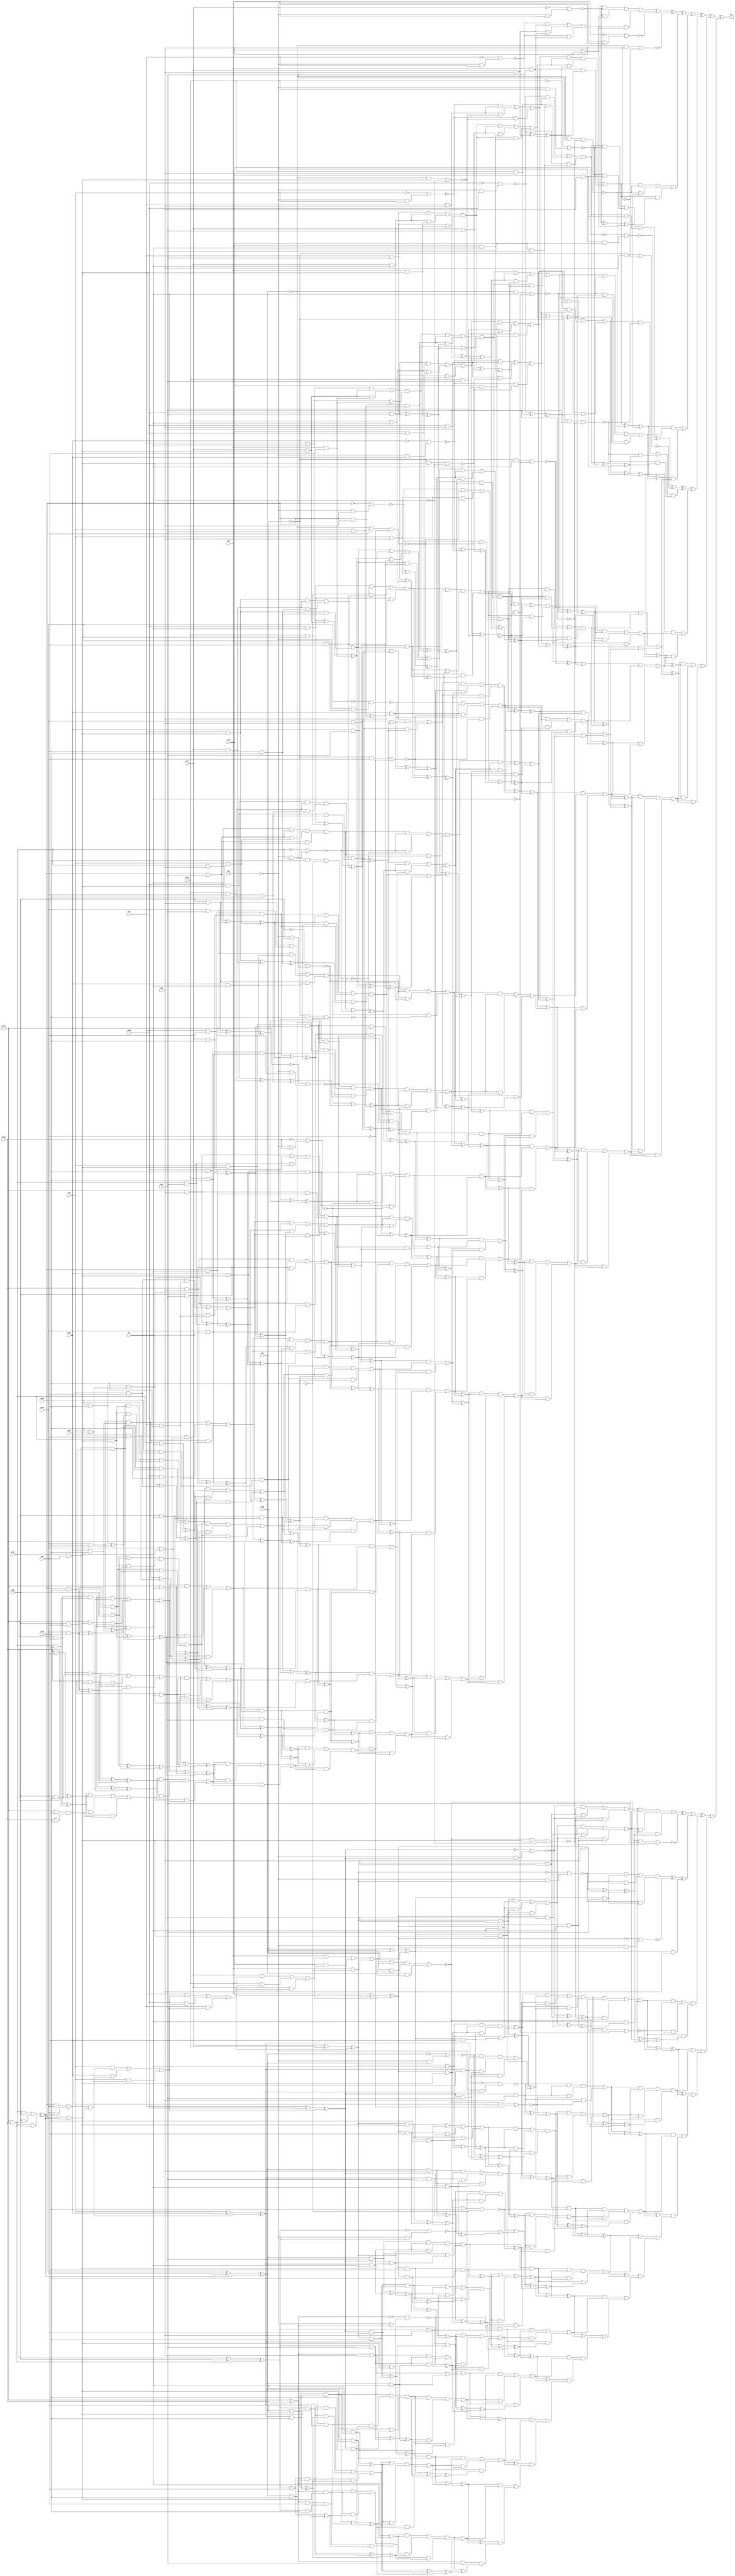
module top (out,n12,n15,n17,n18,n21,n22,n36,n46,n52
        ,n61,n96,n100,n148,n178,n231,n340,n343,n346,n360
        ,n369,n418,n493,n545);
output out;
input n12;
input n15;
input n17;
input n18;
input n21;
input n22;
input n36;
input n46;
input n52;
input n61;
input n96;
input n100;
input n148;
input n178;
input n231;
input n340;
input n343;
input n346;
input n360;
input n369;
input n418;
input n493;
input n545;
wire n0;
wire n1;
wire n2;
wire n3;
wire n4;
wire n5;
wire n6;
wire n7;
wire n8;
wire n9;
wire n10;
wire n11;
wire n13;
wire n14;
wire n16;
wire n19;
wire n20;
wire n23;
wire n24;
wire n25;
wire n26;
wire n27;
wire n28;
wire n29;
wire n30;
wire n31;
wire n32;
wire n33;
wire n34;
wire n35;
wire n37;
wire n38;
wire n39;
wire n40;
wire n41;
wire n42;
wire n43;
wire n44;
wire n45;
wire n47;
wire n48;
wire n49;
wire n50;
wire n51;
wire n53;
wire n54;
wire n55;
wire n56;
wire n57;
wire n58;
wire n59;
wire n60;
wire n62;
wire n63;
wire n64;
wire n65;
wire n66;
wire n67;
wire n68;
wire n69;
wire n70;
wire n71;
wire n72;
wire n73;
wire n74;
wire n75;
wire n76;
wire n77;
wire n78;
wire n79;
wire n80;
wire n81;
wire n82;
wire n83;
wire n84;
wire n85;
wire n86;
wire n87;
wire n88;
wire n89;
wire n90;
wire n91;
wire n92;
wire n93;
wire n94;
wire n95;
wire n97;
wire n98;
wire n99;
wire n101;
wire n102;
wire n103;
wire n104;
wire n105;
wire n106;
wire n107;
wire n108;
wire n109;
wire n110;
wire n111;
wire n112;
wire n113;
wire n114;
wire n115;
wire n116;
wire n117;
wire n118;
wire n119;
wire n120;
wire n121;
wire n122;
wire n123;
wire n124;
wire n125;
wire n126;
wire n127;
wire n128;
wire n129;
wire n130;
wire n131;
wire n132;
wire n133;
wire n134;
wire n135;
wire n136;
wire n137;
wire n138;
wire n139;
wire n140;
wire n141;
wire n142;
wire n143;
wire n144;
wire n145;
wire n146;
wire n147;
wire n149;
wire n150;
wire n151;
wire n152;
wire n153;
wire n154;
wire n155;
wire n156;
wire n157;
wire n158;
wire n159;
wire n160;
wire n161;
wire n162;
wire n163;
wire n164;
wire n165;
wire n166;
wire n167;
wire n168;
wire n169;
wire n170;
wire n171;
wire n172;
wire n173;
wire n174;
wire n175;
wire n176;
wire n177;
wire n179;
wire n180;
wire n181;
wire n182;
wire n183;
wire n184;
wire n185;
wire n186;
wire n187;
wire n188;
wire n189;
wire n190;
wire n191;
wire n192;
wire n193;
wire n194;
wire n195;
wire n196;
wire n197;
wire n198;
wire n199;
wire n200;
wire n201;
wire n202;
wire n203;
wire n204;
wire n205;
wire n206;
wire n207;
wire n208;
wire n209;
wire n210;
wire n211;
wire n212;
wire n213;
wire n214;
wire n215;
wire n216;
wire n217;
wire n218;
wire n219;
wire n220;
wire n221;
wire n222;
wire n223;
wire n224;
wire n225;
wire n226;
wire n227;
wire n228;
wire n229;
wire n230;
wire n232;
wire n233;
wire n234;
wire n235;
wire n236;
wire n237;
wire n238;
wire n239;
wire n240;
wire n241;
wire n242;
wire n243;
wire n244;
wire n245;
wire n246;
wire n247;
wire n248;
wire n249;
wire n250;
wire n251;
wire n252;
wire n253;
wire n254;
wire n255;
wire n256;
wire n257;
wire n258;
wire n259;
wire n260;
wire n261;
wire n262;
wire n263;
wire n264;
wire n265;
wire n266;
wire n267;
wire n268;
wire n269;
wire n270;
wire n271;
wire n272;
wire n273;
wire n274;
wire n275;
wire n276;
wire n277;
wire n278;
wire n279;
wire n280;
wire n281;
wire n282;
wire n283;
wire n284;
wire n285;
wire n286;
wire n287;
wire n288;
wire n289;
wire n290;
wire n291;
wire n292;
wire n293;
wire n294;
wire n295;
wire n296;
wire n297;
wire n298;
wire n299;
wire n300;
wire n301;
wire n302;
wire n303;
wire n304;
wire n305;
wire n306;
wire n307;
wire n308;
wire n309;
wire n310;
wire n311;
wire n312;
wire n313;
wire n314;
wire n315;
wire n316;
wire n317;
wire n318;
wire n319;
wire n320;
wire n321;
wire n322;
wire n323;
wire n324;
wire n325;
wire n326;
wire n327;
wire n328;
wire n329;
wire n330;
wire n331;
wire n332;
wire n333;
wire n334;
wire n335;
wire n336;
wire n337;
wire n338;
wire n339;
wire n341;
wire n342;
wire n344;
wire n345;
wire n347;
wire n348;
wire n349;
wire n350;
wire n351;
wire n352;
wire n353;
wire n354;
wire n355;
wire n356;
wire n357;
wire n358;
wire n359;
wire n361;
wire n362;
wire n363;
wire n364;
wire n365;
wire n366;
wire n367;
wire n368;
wire n370;
wire n371;
wire n372;
wire n373;
wire n374;
wire n375;
wire n376;
wire n377;
wire n378;
wire n379;
wire n380;
wire n381;
wire n382;
wire n383;
wire n384;
wire n385;
wire n386;
wire n387;
wire n388;
wire n389;
wire n390;
wire n391;
wire n392;
wire n393;
wire n394;
wire n395;
wire n396;
wire n397;
wire n398;
wire n399;
wire n400;
wire n401;
wire n402;
wire n403;
wire n404;
wire n405;
wire n406;
wire n407;
wire n408;
wire n409;
wire n410;
wire n411;
wire n412;
wire n413;
wire n414;
wire n415;
wire n416;
wire n417;
wire n419;
wire n420;
wire n421;
wire n422;
wire n423;
wire n424;
wire n425;
wire n426;
wire n427;
wire n428;
wire n429;
wire n430;
wire n431;
wire n432;
wire n433;
wire n434;
wire n435;
wire n436;
wire n437;
wire n438;
wire n439;
wire n440;
wire n441;
wire n442;
wire n443;
wire n444;
wire n445;
wire n446;
wire n447;
wire n448;
wire n449;
wire n450;
wire n451;
wire n452;
wire n453;
wire n454;
wire n455;
wire n456;
wire n457;
wire n458;
wire n459;
wire n460;
wire n461;
wire n462;
wire n463;
wire n464;
wire n465;
wire n466;
wire n467;
wire n468;
wire n469;
wire n470;
wire n471;
wire n472;
wire n473;
wire n474;
wire n475;
wire n476;
wire n477;
wire n478;
wire n479;
wire n480;
wire n481;
wire n482;
wire n483;
wire n484;
wire n485;
wire n486;
wire n487;
wire n488;
wire n489;
wire n490;
wire n491;
wire n492;
wire n494;
wire n495;
wire n496;
wire n497;
wire n498;
wire n499;
wire n500;
wire n501;
wire n502;
wire n503;
wire n504;
wire n505;
wire n506;
wire n507;
wire n508;
wire n509;
wire n510;
wire n511;
wire n512;
wire n513;
wire n514;
wire n515;
wire n516;
wire n517;
wire n518;
wire n519;
wire n520;
wire n521;
wire n522;
wire n523;
wire n524;
wire n525;
wire n526;
wire n527;
wire n528;
wire n529;
wire n530;
wire n531;
wire n532;
wire n533;
wire n534;
wire n535;
wire n536;
wire n537;
wire n538;
wire n539;
wire n540;
wire n541;
wire n542;
wire n543;
wire n544;
wire n546;
wire n547;
wire n548;
wire n549;
wire n550;
wire n551;
wire n552;
wire n553;
wire n554;
wire n555;
wire n556;
wire n557;
wire n558;
wire n559;
wire n560;
wire n561;
wire n562;
wire n563;
wire n564;
wire n565;
wire n566;
wire n567;
wire n568;
wire n569;
wire n570;
wire n571;
wire n572;
wire n573;
wire n574;
wire n575;
wire n576;
wire n577;
wire n578;
wire n579;
wire n580;
wire n581;
wire n582;
wire n583;
wire n584;
wire n585;
wire n586;
wire n587;
wire n588;
wire n589;
wire n590;
wire n591;
wire n592;
wire n593;
wire n594;
wire n595;
wire n596;
wire n597;
wire n598;
wire n599;
wire n600;
wire n601;
wire n602;
wire n603;
wire n604;
wire n605;
wire n606;
wire n607;
wire n608;
wire n609;
wire n610;
wire n611;
wire n612;
wire n613;
wire n614;
wire n615;
wire n616;
wire n617;
wire n618;
wire n619;
wire n620;
wire n621;
wire n622;
wire n623;
wire n624;
wire n625;
wire n626;
wire n627;
wire n628;
wire n629;
wire n630;
wire n631;
wire n632;
wire n633;
wire n634;
wire n635;
wire n636;
wire n637;
wire n638;
wire n639;
wire n640;
wire n641;
wire n642;
wire n643;
wire n644;
wire n645;
wire n646;
wire n647;
wire n648;
wire n649;
wire n650;
wire n651;
wire n652;
wire n653;
wire n654;
wire n655;
wire n656;
wire n657;
wire n658;
wire n659;
wire n660;
wire n661;
wire n662;
wire n663;
wire n664;
wire n665;
wire n666;
wire n667;
wire n668;
wire n669;
wire n670;
wire n671;
wire n672;
wire n673;
wire n674;
wire n675;
wire n676;
wire n677;
wire n678;
wire n679;
wire n680;
wire n681;
wire n682;
wire n683;
wire n684;
wire n685;
wire n686;
wire n687;
wire n688;
wire n689;
wire n690;
wire n691;
wire n692;
wire n693;
wire n694;
wire n695;
wire n696;
wire n697;
wire n698;
wire n699;
wire n700;
wire n701;
wire n702;
wire n703;
wire n704;
wire n705;
wire n706;
wire n707;
wire n708;
wire n709;
wire n710;
wire n711;
wire n712;
wire n713;
wire n714;
wire n715;
wire n716;
wire n717;
wire n718;
wire n719;
wire n720;
wire n721;
wire n722;
wire n723;
wire n724;
wire n725;
wire n726;
wire n727;
wire n728;
wire n729;
wire n730;
wire n731;
wire n732;
wire n733;
wire n734;
wire n735;
wire n736;
wire n737;
wire n738;
wire n739;
wire n740;
wire n741;
wire n742;
wire n743;
wire n744;
wire n745;
wire n746;
wire n747;
wire n748;
wire n749;
wire n750;
wire n751;
wire n752;
wire n753;
wire n754;
wire n755;
wire n756;
wire n757;
wire n758;
wire n759;
wire n760;
wire n761;
wire n762;
wire n763;
wire n764;
wire n765;
wire n766;
wire n767;
wire n768;
wire n769;
wire n770;
wire n771;
wire n772;
wire n773;
wire n774;
wire n775;
wire n776;
wire n777;
wire n778;
wire n779;
wire n780;
wire n781;
wire n782;
wire n783;
wire n784;
wire n785;
wire n786;
wire n787;
wire n788;
wire n789;
wire n790;
wire n791;
wire n792;
wire n793;
wire n794;
wire n795;
wire n796;
wire n797;
wire n798;
wire n799;
wire n800;
wire n801;
wire n802;
wire n803;
wire n804;
wire n805;
wire n806;
wire n807;
wire n808;
wire n809;
wire n810;
wire n811;
wire n812;
wire n813;
wire n814;
wire n815;
wire n816;
wire n817;
wire n818;
wire n819;
wire n820;
wire n821;
wire n822;
wire n823;
wire n824;
wire n825;
wire n826;
wire n827;
wire n828;
wire n829;
wire n830;
wire n831;
wire n832;
wire n833;
wire n834;
wire n835;
wire n836;
wire n837;
wire n838;
wire n839;
wire n840;
wire n841;
wire n842;
wire n843;
wire n844;
wire n845;
wire n846;
wire n847;
wire n848;
wire n849;
wire n850;
wire n851;
wire n852;
wire n853;
wire n854;
wire n855;
wire n856;
wire n857;
wire n858;
wire n859;
wire n860;
wire n861;
wire n862;
wire n863;
wire n864;
wire n865;
wire n866;
wire n867;
wire n868;
wire n869;
wire n870;
wire n871;
wire n872;
wire n873;
wire n874;
wire n875;
wire n876;
wire n877;
wire n878;
wire n879;
wire n880;
wire n881;
wire n882;
wire n883;
wire n884;
wire n885;
wire n886;
wire n887;
wire n888;
wire n889;
wire n890;
wire n891;
wire n892;
wire n893;
wire n894;
wire n895;
wire n896;
wire n897;
wire n898;
wire n899;
wire n900;
wire n901;
wire n902;
wire n903;
wire n904;
wire n905;
wire n906;
wire n907;
wire n908;
wire n909;
wire n910;
wire n911;
wire n912;
wire n913;
wire n914;
wire n915;
wire n916;
wire n917;
wire n918;
wire n919;
wire n920;
wire n921;
wire n922;
wire n923;
wire n924;
wire n925;
wire n926;
wire n927;
wire n928;
wire n929;
wire n930;
wire n931;
wire n932;
wire n933;
wire n934;
wire n935;
wire n936;
wire n937;
wire n938;
wire n939;
wire n940;
wire n941;
wire n942;
wire n943;
wire n944;
wire n945;
wire n946;
wire n947;
wire n948;
wire n949;
wire n950;
wire n951;
wire n952;
wire n953;
wire n954;
wire n955;
wire n956;
wire n957;
wire n958;
wire n959;
wire n960;
wire n961;
wire n962;
wire n963;
wire n964;
wire n965;
wire n966;
wire n967;
wire n968;
wire n969;
wire n970;
wire n971;
wire n972;
wire n973;
wire n974;
wire n975;
wire n976;
wire n977;
wire n978;
wire n979;
wire n980;
wire n981;
wire n982;
wire n983;
wire n984;
wire n985;
wire n986;
wire n987;
wire n988;
wire n989;
wire n990;
wire n991;
wire n992;
wire n993;
wire n994;
wire n995;
wire n996;
wire n997;
wire n998;
wire n999;
wire n1000;
wire n1001;
wire n1002;
wire n1003;
wire n1004;
wire n1005;
wire n1006;
wire n1007;
wire n1008;
wire n1009;
wire n1010;
wire n1011;
wire n1012;
wire n1013;
wire n1014;
wire n1015;
wire n1016;
wire n1017;
wire n1018;
wire n1019;
wire n1020;
wire n1021;
wire n1022;
wire n1023;
wire n1024;
wire n1025;
wire n1026;
wire n1027;
wire n1028;
wire n1029;
wire n1030;
wire n1031;
wire n1032;
wire n1033;
wire n1034;
wire n1035;
wire n1036;
wire n1037;
wire n1038;
wire n1039;
wire n1040;
wire n1041;
wire n1042;
wire n1043;
wire n1044;
wire n1045;
wire n1046;
wire n1047;
wire n1048;
wire n1049;
wire n1050;
wire n1051;
wire n1052;
wire n1053;
wire n1054;
wire n1055;
wire n1056;
wire n1057;
wire n1058;
wire n1059;
wire n1060;
wire n1061;
wire n1062;
wire n1063;
wire n1064;
wire n1065;
wire n1066;
wire n1067;
wire n1068;
wire n1069;
wire n1070;
wire n1071;
wire n1072;
wire n1073;
wire n1074;
wire n1075;
wire n1076;
wire n1077;
wire n1078;
wire n1079;
wire n1080;
wire n1081;
wire n1082;
wire n1083;
wire n1084;
wire n1085;
wire n1086;
wire n1087;
wire n1088;
wire n1089;
wire n1090;
wire n1091;
wire n1092;
wire n1093;
wire n1094;
xor (out,n0,n717);
xor (n0,n1,n644);
xor (n1,n2,n330);
xor (n2,n3,n80);
xor (n3,n4,n38);
xor (n4,n5,n33);
xor (n5,n6,n30);
or (n6,n7,n27,n29);
and (n7,n8,n24);
or (n8,n9,n19,n23);
and (n9,n10,n16);
nor (n10,n11,n13);
not (n11,n12);
and (n13,n14,n12);
not (n14,n15);
and (n16,n17,n18);
and (n19,n16,n20);
and (n20,n21,n22);
and (n23,n10,n20);
nor (n24,n25,n26);
not (n25,n17);
and (n26,n14,n17);
and (n27,n24,n28);
and (n28,n21,n18);
and (n29,n8,n28);
nor (n30,n31,n32);
not (n31,n21);
and (n32,n14,n21);
nor (n33,n34,n37);
and (n34,n35,n18);
not (n35,n36);
not (n37,n18);
or (n38,n39,n76,n79);
and (n39,n40,n73);
or (n40,n41,n69,n72);
and (n41,n42,n55);
or (n42,n43,n49,n54);
and (n43,n44,n48);
nor (n44,n45,n47);
not (n45,n46);
and (n47,n14,n46);
and (n48,n12,n18);
and (n49,n48,n50);
nor (n50,n51,n53);
and (n51,n35,n52);
not (n53,n52);
and (n54,n44,n50);
or (n55,n56,n66,n68);
and (n56,n57,n65);
or (n57,n58,n62,n64);
and (n58,n59,n60);
and (n59,n12,n22);
and (n60,n17,n61);
and (n62,n60,n63);
and (n63,n21,n52);
and (n64,n59,n63);
and (n65,n17,n22);
and (n66,n65,n67);
and (n67,n21,n61);
and (n68,n57,n67);
and (n69,n55,n70);
xor (n70,n71,n20);
xor (n71,n10,n16);
and (n72,n42,n70);
nor (n73,n74,n75);
and (n74,n35,n22);
not (n75,n22);
and (n76,n73,n77);
xor (n77,n78,n28);
xor (n78,n8,n24);
and (n79,n40,n77);
or (n80,n81,n119);
and (n81,n82,n84);
xor (n82,n83,n77);
xor (n83,n40,n73);
or (n84,n85,n115,n118);
and (n85,n86,n112);
or (n86,n87,n108,n111);
and (n87,n88,n106);
or (n88,n89,n102,n105);
and (n89,n90,n98);
or (n90,n91,n94,n97);
and (n91,n92,n93);
and (n92,n12,n61);
and (n93,n17,n52);
and (n94,n93,n95);
and (n95,n21,n96);
and (n97,n92,n95);
and (n98,n99,n101);
and (n99,n100,n18);
and (n101,n46,n22);
and (n102,n98,n103);
xor (n103,n104,n63);
xor (n104,n59,n60);
and (n105,n90,n103);
xor (n106,n107,n50);
xor (n107,n44,n48);
and (n108,n106,n109);
xor (n109,n110,n67);
xor (n110,n57,n65);
and (n111,n88,n109);
nor (n112,n113,n114);
and (n113,n35,n61);
not (n114,n61);
and (n115,n112,n116);
xor (n116,n117,n70);
xor (n117,n42,n55);
and (n118,n86,n116);
and (n119,n120,n121);
xor (n120,n82,n84);
or (n121,n122,n165);
and (n122,n123,n125);
xor (n123,n124,n116);
xor (n124,n86,n112);
or (n125,n126,n161,n164);
and (n126,n127,n138);
or (n127,n128,n133,n137);
and (n128,n129,n132);
nor (n129,n130,n131);
not (n130,n100);
and (n131,n14,n100);
and (n132,n46,n18);
and (n133,n132,n134);
nor (n134,n135,n136);
and (n135,n35,n96);
not (n136,n96);
and (n137,n129,n134);
or (n138,n139,n157,n160);
and (n139,n140,n155);
or (n140,n141,n152,n154);
and (n141,n142,n150);
or (n142,n143,n146,n149);
and (n143,n144,n145);
and (n144,n12,n52);
and (n145,n17,n96);
and (n146,n145,n147);
and (n147,n21,n148);
and (n149,n144,n147);
xor (n150,n151,n95);
xor (n151,n92,n93);
and (n152,n150,n153);
xor (n153,n99,n101);
and (n154,n142,n153);
xor (n155,n156,n134);
xor (n156,n129,n132);
and (n157,n155,n158);
xor (n158,n159,n103);
xor (n159,n90,n98);
and (n160,n140,n158);
and (n161,n138,n162);
xor (n162,n163,n109);
xor (n163,n88,n106);
and (n164,n127,n162);
and (n165,n166,n167);
xor (n166,n123,n125);
or (n167,n168,n214);
and (n168,n169,n171);
xor (n169,n170,n162);
xor (n170,n127,n138);
or (n171,n172,n210,n213);
and (n172,n173,n191);
or (n173,n174,n186,n190);
and (n174,n175,n183);
or (n175,n176,n180,n182);
and (n176,n177,n179);
and (n177,n178,n18);
and (n179,n100,n22);
and (n180,n179,n181);
and (n181,n46,n61);
and (n182,n177,n181);
nor (n183,n184,n185);
not (n184,n178);
and (n185,n14,n178);
and (n186,n183,n187);
nor (n187,n188,n189);
and (n188,n35,n148);
not (n189,n148);
and (n190,n175,n187);
or (n191,n192,n206,n209);
and (n192,n193,n204);
or (n193,n194,n200,n203);
and (n194,n195,n198);
and (n195,n196,n197);
and (n196,n12,n96);
and (n197,n17,n148);
xor (n198,n199,n181);
xor (n199,n177,n179);
and (n200,n198,n201);
xor (n201,n202,n147);
xor (n202,n144,n145);
and (n203,n195,n201);
xor (n204,n205,n187);
xor (n205,n175,n183);
and (n206,n204,n207);
xor (n207,n208,n153);
xor (n208,n142,n150);
and (n209,n193,n207);
and (n210,n191,n211);
xor (n211,n212,n158);
xor (n212,n140,n155);
and (n213,n173,n211);
and (n214,n215,n216);
xor (n215,n169,n171);
or (n216,n217,n236);
and (n217,n218,n220);
xor (n218,n219,n211);
xor (n219,n173,n191);
and (n220,n221,n234);
or (n221,n222,n228,n233);
and (n222,n223,n226);
and (n223,n224,n225);
and (n224,n46,n52);
xor (n225,n196,n197);
xor (n226,n227,n201);
xor (n227,n195,n198);
and (n228,n226,n229);
nor (n229,n230,n232);
not (n230,n231);
and (n232,n14,n231);
and (n233,n223,n229);
xor (n234,n235,n207);
xor (n235,n193,n204);
and (n236,n237,n238);
xor (n237,n218,n220);
or (n238,n239,n269);
and (n239,n240,n241);
xor (n240,n221,n234);
or (n241,n242,n265,n268);
and (n242,n243,n250);
or (n243,n244,n247,n249);
and (n244,n245,n246);
and (n245,n231,n18);
and (n246,n178,n22);
and (n247,n246,n248);
and (n248,n100,n61);
and (n249,n245,n248);
or (n250,n251,n262,n264);
and (n251,n252,n260);
or (n252,n253,n256,n259);
and (n253,n254,n255);
and (n254,n100,n96);
and (n255,n46,n148);
and (n256,n257,n258);
and (n257,n46,n96);
and (n258,n12,n148);
and (n259,n253,n258);
xor (n260,n261,n248);
xor (n261,n245,n246);
and (n262,n260,n263);
xor (n263,n224,n225);
and (n264,n252,n263);
and (n265,n250,n266);
xor (n266,n267,n229);
xor (n267,n223,n226);
and (n268,n243,n266);
and (n269,n270,n271);
xor (n270,n240,n241);
or (n271,n272,n300);
and (n272,n273,n275);
xor (n273,n274,n266);
xor (n274,n243,n250);
or (n275,n276,n296,n299);
and (n276,n277,n280);
and (n277,n278,n279);
and (n278,n178,n61);
and (n279,n100,n52);
or (n280,n281,n292,n295);
and (n281,n282,n291);
or (n282,n283,n288,n290);
and (n283,n284,n287);
and (n284,n285,n286);
and (n285,n178,n96);
and (n286,n100,n148);
and (n287,n178,n52);
and (n288,n287,n289);
xor (n289,n254,n255);
and (n290,n284,n289);
xor (n291,n278,n279);
and (n292,n291,n293);
xor (n293,n294,n258);
xor (n294,n253,n257);
and (n295,n282,n293);
and (n296,n280,n297);
xor (n297,n298,n263);
xor (n298,n252,n260);
and (n299,n277,n297);
and (n300,n301,n302);
xor (n301,n273,n275);
or (n302,n303,n325);
and (n303,n304,n306);
xor (n304,n305,n297);
xor (n305,n277,n280);
and (n306,n307,n323);
or (n307,n308,n319,n322);
and (n308,n309,n318);
or (n309,n310,n315,n317);
and (n310,n311,n314);
and (n311,n312,n313);
and (n312,n231,n96);
and (n313,n178,n148);
and (n314,n231,n52);
and (n315,n314,n316);
xor (n316,n285,n286);
and (n317,n311,n316);
and (n318,n231,n61);
and (n319,n318,n320);
xor (n320,n321,n289);
xor (n321,n284,n287);
and (n322,n309,n320);
xor (n323,n324,n293);
xor (n324,n282,n291);
and (n325,n326,n327);
xor (n326,n304,n306);
and (n327,n328,n329);
and (n328,n231,n22);
xor (n329,n307,n323);
xor (n330,n331,n399);
xor (n331,n332,n361);
xor (n332,n333,n357);
xor (n333,n334,n354);
or (n334,n335,n351,n353);
and (n335,n336,n348);
or (n336,n337,n344,n347);
and (n337,n338,n342);
nor (n338,n339,n341);
not (n339,n340);
and (n341,n14,n340);
and (n342,n343,n18);
and (n344,n342,n345);
and (n345,n346,n22);
and (n347,n338,n345);
nor (n348,n349,n350);
not (n349,n343);
and (n350,n14,n343);
and (n351,n348,n352);
and (n352,n346,n18);
and (n353,n336,n352);
nor (n354,n355,n356);
not (n355,n346);
and (n356,n14,n346);
nor (n357,n358,n37);
and (n358,n359,n18);
not (n359,n360);
or (n361,n362,n395,n398);
and (n362,n363,n393);
or (n363,n364,n389,n392);
and (n364,n365,n376);
or (n365,n366,n372,n375);
and (n366,n367,n371);
nor (n367,n368,n370);
not (n368,n369);
and (n370,n14,n369);
and (n371,n340,n18);
and (n372,n371,n373);
nor (n373,n374,n53);
and (n374,n359,n52);
and (n375,n367,n373);
or (n376,n377,n386,n388);
and (n377,n378,n385);
or (n378,n379,n382,n384);
and (n379,n380,n381);
and (n380,n340,n22);
and (n381,n343,n61);
and (n382,n381,n383);
and (n383,n346,n52);
and (n384,n380,n383);
and (n385,n343,n22);
and (n386,n385,n387);
and (n387,n346,n61);
and (n388,n378,n387);
and (n389,n376,n390);
xor (n390,n391,n345);
xor (n391,n338,n342);
and (n392,n365,n390);
nor (n393,n394,n75);
and (n394,n359,n22);
and (n395,n393,n396);
xor (n396,n397,n352);
xor (n397,n336,n348);
and (n398,n363,n396);
or (n399,n400,n436);
and (n400,n401,n403);
xor (n401,n402,n396);
xor (n402,n363,n393);
or (n403,n404,n432,n435);
and (n404,n405,n430);
or (n405,n406,n426,n429);
and (n406,n407,n424);
or (n407,n408,n420,n423);
and (n408,n409,n416);
or (n409,n410,n413,n415);
and (n410,n411,n412);
and (n411,n340,n61);
and (n412,n343,n52);
and (n413,n412,n414);
and (n414,n346,n96);
and (n415,n411,n414);
and (n416,n417,n419);
and (n417,n418,n18);
and (n419,n369,n22);
and (n420,n416,n421);
xor (n421,n422,n383);
xor (n422,n380,n381);
and (n423,n409,n421);
xor (n424,n425,n373);
xor (n425,n367,n371);
and (n426,n424,n427);
xor (n427,n428,n387);
xor (n428,n378,n385);
and (n429,n407,n427);
nor (n430,n431,n114);
and (n431,n359,n61);
and (n432,n430,n433);
xor (n433,n434,n390);
xor (n434,n365,n376);
and (n435,n405,n433);
and (n436,n437,n438);
xor (n437,n401,n403);
or (n438,n439,n480);
and (n439,n440,n442);
xor (n440,n441,n433);
xor (n441,n405,n430);
or (n442,n443,n476,n479);
and (n443,n444,n454);
or (n444,n445,n450,n453);
and (n445,n446,n449);
nor (n446,n447,n448);
not (n447,n418);
and (n448,n14,n418);
and (n449,n369,n18);
and (n450,n449,n451);
nor (n451,n452,n136);
and (n452,n359,n96);
and (n453,n446,n451);
or (n454,n455,n472,n475);
and (n455,n456,n470);
or (n456,n457,n467,n469);
and (n457,n458,n465);
or (n458,n459,n462,n464);
and (n459,n460,n461);
and (n460,n340,n52);
and (n461,n343,n96);
and (n462,n461,n463);
and (n463,n346,n148);
and (n464,n460,n463);
xor (n465,n466,n414);
xor (n466,n411,n412);
and (n467,n465,n468);
xor (n468,n417,n419);
and (n469,n458,n468);
xor (n470,n471,n451);
xor (n471,n446,n449);
and (n472,n470,n473);
xor (n473,n474,n421);
xor (n474,n409,n416);
and (n475,n456,n473);
and (n476,n454,n477);
xor (n477,n478,n427);
xor (n478,n407,n424);
and (n479,n444,n477);
and (n480,n481,n482);
xor (n481,n440,n442);
or (n482,n483,n528);
and (n483,n484,n486);
xor (n484,n485,n477);
xor (n485,n444,n454);
or (n486,n487,n524,n527);
and (n487,n488,n505);
or (n488,n489,n501,n504);
and (n489,n490,n498);
or (n490,n491,n495,n497);
and (n491,n492,n494);
and (n492,n493,n18);
and (n494,n418,n22);
and (n495,n494,n496);
and (n496,n369,n61);
and (n497,n492,n496);
nor (n498,n499,n500);
not (n499,n493);
and (n500,n14,n493);
and (n501,n498,n502);
nor (n502,n503,n189);
and (n503,n359,n148);
and (n504,n490,n502);
or (n505,n506,n520,n523);
and (n506,n507,n518);
or (n507,n508,n514,n517);
and (n508,n509,n512);
and (n509,n510,n511);
and (n510,n340,n96);
and (n511,n343,n148);
xor (n512,n513,n496);
xor (n513,n492,n494);
and (n514,n512,n515);
xor (n515,n516,n463);
xor (n516,n460,n461);
and (n517,n509,n515);
xor (n518,n519,n502);
xor (n519,n490,n498);
and (n520,n518,n521);
xor (n521,n522,n468);
xor (n522,n458,n465);
and (n523,n507,n521);
and (n524,n505,n525);
xor (n525,n526,n473);
xor (n526,n456,n470);
and (n527,n488,n525);
and (n528,n529,n530);
xor (n529,n484,n486);
or (n530,n531,n550);
and (n531,n532,n534);
xor (n532,n533,n525);
xor (n533,n488,n505);
and (n534,n535,n548);
or (n535,n536,n542,n547);
and (n536,n537,n540);
and (n537,n538,n539);
and (n538,n369,n52);
xor (n539,n510,n511);
xor (n540,n541,n515);
xor (n541,n509,n512);
and (n542,n540,n543);
nor (n543,n544,n546);
not (n544,n545);
and (n546,n14,n545);
and (n547,n537,n543);
xor (n548,n549,n521);
xor (n549,n507,n518);
and (n550,n551,n552);
xor (n551,n532,n534);
or (n552,n553,n583);
and (n553,n554,n555);
xor (n554,n535,n548);
or (n555,n556,n579,n582);
and (n556,n557,n564);
or (n557,n558,n561,n563);
and (n558,n559,n560);
and (n559,n545,n18);
and (n560,n493,n22);
and (n561,n560,n562);
and (n562,n418,n61);
and (n563,n559,n562);
or (n564,n565,n576,n578);
and (n565,n566,n574);
or (n566,n567,n570,n573);
and (n567,n568,n569);
and (n568,n418,n96);
and (n569,n369,n148);
and (n570,n571,n572);
and (n571,n369,n96);
and (n572,n340,n148);
and (n573,n567,n572);
xor (n574,n575,n562);
xor (n575,n559,n560);
and (n576,n574,n577);
xor (n577,n538,n539);
and (n578,n566,n577);
and (n579,n564,n580);
xor (n580,n581,n543);
xor (n581,n537,n540);
and (n582,n557,n580);
and (n583,n584,n585);
xor (n584,n554,n555);
or (n585,n586,n614);
and (n586,n587,n589);
xor (n587,n588,n580);
xor (n588,n557,n564);
or (n589,n590,n610,n613);
and (n590,n591,n594);
and (n591,n592,n593);
and (n592,n493,n61);
and (n593,n418,n52);
or (n594,n595,n606,n609);
and (n595,n596,n605);
or (n596,n597,n602,n604);
and (n597,n598,n601);
and (n598,n599,n600);
and (n599,n493,n96);
and (n600,n418,n148);
and (n601,n493,n52);
and (n602,n601,n603);
xor (n603,n568,n569);
and (n604,n598,n603);
xor (n605,n592,n593);
and (n606,n605,n607);
xor (n607,n608,n572);
xor (n608,n567,n571);
and (n609,n596,n607);
and (n610,n594,n611);
xor (n611,n612,n577);
xor (n612,n566,n574);
and (n613,n591,n611);
and (n614,n615,n616);
xor (n615,n587,n589);
or (n616,n617,n639);
and (n617,n618,n620);
xor (n618,n619,n611);
xor (n619,n591,n594);
and (n620,n621,n637);
or (n621,n622,n633,n636);
and (n622,n623,n632);
or (n623,n624,n629,n631);
and (n624,n625,n628);
and (n625,n626,n627);
and (n626,n545,n96);
and (n627,n493,n148);
and (n628,n545,n52);
and (n629,n628,n630);
xor (n630,n599,n600);
and (n631,n625,n630);
and (n632,n545,n61);
and (n633,n632,n634);
xor (n634,n635,n603);
xor (n635,n598,n601);
and (n636,n623,n634);
xor (n637,n638,n607);
xor (n638,n596,n605);
and (n639,n640,n641);
xor (n640,n618,n620);
and (n641,n642,n643);
and (n642,n545,n22);
xor (n643,n621,n637);
or (n644,n645,n648,n716);
and (n645,n646,n647);
xor (n646,n120,n121);
xor (n647,n437,n438);
and (n648,n647,n649);
or (n649,n650,n653,n715);
and (n650,n651,n652);
xor (n651,n166,n167);
xor (n652,n481,n482);
and (n653,n652,n654);
or (n654,n655,n658,n714);
and (n655,n656,n657);
xor (n656,n215,n216);
xor (n657,n529,n530);
and (n658,n657,n659);
or (n659,n660,n663,n713);
and (n660,n661,n662);
xor (n661,n237,n238);
xor (n662,n551,n552);
and (n663,n662,n664);
or (n664,n665,n668,n712);
and (n665,n666,n667);
xor (n666,n270,n271);
xor (n667,n584,n585);
and (n668,n667,n669);
or (n669,n670,n673,n711);
and (n670,n671,n672);
xor (n671,n301,n302);
xor (n672,n615,n616);
and (n673,n672,n674);
or (n674,n675,n678,n710);
and (n675,n676,n677);
xor (n676,n326,n327);
xor (n677,n640,n641);
and (n678,n677,n679);
or (n679,n680,n683,n709);
and (n680,n681,n682);
xor (n681,n328,n329);
xor (n682,n642,n643);
and (n683,n682,n684);
or (n684,n685,n690,n708);
and (n685,n686,n688);
xor (n686,n687,n320);
xor (n687,n309,n318);
xor (n688,n689,n634);
xor (n689,n623,n632);
and (n690,n688,n691);
or (n691,n692,n697,n707);
and (n692,n693,n695);
xor (n693,n694,n316);
xor (n694,n311,n314);
xor (n695,n696,n630);
xor (n696,n625,n628);
and (n697,n695,n698);
or (n698,n699,n702,n706);
and (n699,n700,n701);
xor (n700,n312,n313);
xor (n701,n626,n627);
and (n702,n701,n703);
and (n703,n704,n705);
and (n704,n231,n148);
and (n705,n545,n148);
and (n706,n700,n703);
and (n707,n693,n698);
and (n708,n686,n691);
and (n709,n681,n684);
and (n710,n676,n679);
and (n711,n671,n674);
and (n712,n666,n669);
and (n713,n661,n664);
and (n714,n656,n659);
and (n715,n651,n654);
and (n716,n646,n649);
xor (n717,n718,n847);
xor (n718,n719,n805);
xor (n719,n720,n795);
xor (n720,n721,n793);
or (n721,n722,n784,n792);
and (n722,n723,n767);
or (n723,n724,n750,n766);
and (n724,n725,n743);
nor (n725,n726,n742);
not (n726,n727);
xor (n727,n728,n729);
xor (n728,n12,n340);
or (n729,n730,n731,n741);
and (n730,n46,n369);
and (n731,n369,n732);
or (n732,n733,n734,n740);
and (n733,n100,n418);
and (n734,n418,n735);
or (n735,n736,n737,n739);
and (n736,n178,n493);
and (n737,n493,n738);
and (n738,n231,n545);
and (n739,n178,n738);
and (n740,n100,n735);
and (n741,n46,n732);
and (n742,n14,n727);
and (n743,n744,n18);
xor (n744,n745,n746);
xor (n745,n17,n343);
or (n746,n747,n748,n749);
and (n747,n12,n340);
and (n748,n340,n729);
and (n749,n12,n729);
and (n750,n743,n751);
nor (n751,n752,n53);
and (n752,n753,n52);
not (n753,n754);
or (n754,n755,n756,n765);
and (n755,n36,n360);
and (n756,n360,n757);
or (n757,n758,n759,n764);
and (n758,n21,n346);
and (n759,n346,n760);
or (n760,n761,n762,n763);
and (n761,n17,n343);
and (n762,n343,n746);
and (n763,n17,n746);
and (n764,n21,n760);
and (n765,n36,n757);
and (n766,n725,n751);
or (n767,n768,n781,n783);
and (n768,n769,n780);
or (n769,n770,n775,n779);
and (n770,n771,n772);
and (n771,n744,n22);
and (n772,n773,n61);
xor (n773,n774,n760);
xor (n774,n21,n346);
and (n775,n772,n776);
and (n776,n777,n52);
xor (n777,n778,n757);
xor (n778,n36,n360);
and (n779,n771,n776);
and (n780,n773,n22);
and (n781,n780,n782);
and (n782,n777,n61);
and (n783,n769,n782);
and (n784,n767,n785);
xor (n785,n786,n791);
xor (n786,n787,n790);
nor (n787,n788,n789);
not (n788,n744);
and (n789,n14,n744);
and (n790,n773,n18);
and (n791,n777,n22);
and (n792,n723,n785);
nor (n793,n794,n75);
and (n794,n753,n22);
xor (n795,n796,n804);
xor (n796,n797,n801);
or (n797,n798,n799,n800);
and (n798,n787,n790);
and (n799,n790,n791);
and (n800,n787,n791);
nor (n801,n802,n803);
not (n802,n773);
and (n803,n14,n773);
and (n804,n777,n18);
or (n805,n806,n843,n846);
and (n806,n807,n841);
or (n807,n808,n837,n840);
and (n808,n809,n835);
or (n809,n810,n831,n834);
and (n810,n811,n818);
or (n811,n812,n815,n817);
and (n812,n813,n814);
and (n813,n744,n61);
and (n814,n773,n52);
and (n815,n814,n816);
and (n816,n777,n96);
and (n817,n813,n816);
or (n818,n819,n828,n830);
and (n819,n820,n825);
nor (n820,n821,n824);
not (n821,n822);
xor (n822,n823,n735);
xor (n823,n100,n418);
and (n824,n14,n822);
and (n825,n826,n18);
xor (n826,n827,n732);
xor (n827,n46,n369);
and (n828,n825,n829);
and (n829,n727,n22);
and (n830,n820,n829);
and (n831,n818,n832);
xor (n832,n833,n776);
xor (n833,n771,n772);
and (n834,n811,n832);
xor (n835,n836,n751);
xor (n836,n725,n743);
and (n837,n835,n838);
xor (n838,n839,n782);
xor (n839,n769,n780);
and (n840,n809,n838);
nor (n841,n842,n114);
and (n842,n753,n61);
and (n843,n841,n844);
xor (n844,n845,n785);
xor (n845,n723,n767);
and (n846,n807,n844);
or (n847,n848,n890);
and (n848,n849,n851);
xor (n849,n850,n844);
xor (n850,n807,n841);
or (n851,n852,n886,n889);
and (n852,n853,n863);
or (n853,n854,n859,n862);
and (n854,n855,n858);
nor (n855,n856,n857);
not (n856,n826);
and (n857,n14,n826);
and (n858,n727,n18);
and (n859,n858,n860);
nor (n860,n861,n136);
and (n861,n753,n96);
and (n862,n855,n860);
or (n863,n864,n882,n885);
and (n864,n865,n880);
or (n865,n866,n876,n879);
and (n866,n867,n874);
or (n867,n868,n871,n873);
and (n868,n869,n870);
and (n869,n744,n52);
and (n870,n773,n96);
and (n871,n870,n872);
and (n872,n777,n148);
and (n873,n869,n872);
xor (n874,n875,n816);
xor (n875,n813,n814);
and (n876,n874,n877);
xor (n877,n878,n829);
xor (n878,n820,n825);
and (n879,n867,n877);
xor (n880,n881,n860);
xor (n881,n855,n858);
and (n882,n880,n883);
xor (n883,n884,n832);
xor (n884,n811,n818);
and (n885,n865,n883);
and (n886,n863,n887);
xor (n887,n888,n838);
xor (n888,n809,n835);
and (n889,n853,n887);
and (n890,n891,n892);
xor (n891,n849,n851);
or (n892,n893,n932);
and (n893,n894,n896);
xor (n894,n895,n887);
xor (n895,n853,n863);
or (n896,n897,n928,n931);
and (n897,n898,n908);
and (n898,n899,n906);
or (n899,n900,n903,n905);
and (n900,n901,n902);
and (n901,n822,n18);
and (n902,n826,n22);
and (n903,n902,n904);
and (n904,n727,n61);
and (n905,n901,n904);
nor (n906,n907,n189);
and (n907,n753,n148);
or (n908,n909,n925,n927);
and (n909,n910,n923);
or (n910,n911,n919,n922);
and (n911,n912,n917);
nor (n912,n913,n916);
not (n913,n914);
xor (n914,n915,n738);
xor (n915,n178,n493);
and (n916,n14,n914);
xor (n917,n918,n872);
xor (n918,n869,n870);
and (n919,n917,n920);
xor (n920,n921,n904);
xor (n921,n901,n902);
and (n922,n912,n920);
xor (n923,n924,n877);
xor (n924,n867,n874);
and (n925,n923,n926);
xor (n926,n899,n906);
and (n927,n910,n926);
and (n928,n908,n929);
xor (n929,n930,n883);
xor (n930,n865,n880);
and (n931,n898,n929);
and (n932,n933,n934);
xor (n933,n894,n896);
or (n934,n935,n972);
and (n935,n936,n938);
xor (n936,n937,n929);
xor (n937,n898,n908);
or (n938,n939,n968,n971);
and (n939,n940,n951);
and (n940,n941,n948);
or (n941,n942,n945,n947);
and (n942,n943,n944);
and (n943,n822,n22);
and (n944,n826,n61);
and (n945,n944,n946);
and (n946,n727,n52);
and (n947,n943,n946);
and (n948,n949,n950);
and (n949,n744,n96);
and (n950,n773,n148);
or (n951,n952,n964,n967);
and (n952,n953,n963);
or (n953,n954,n960,n962);
and (n954,n955,n958);
and (n955,n956,n957);
and (n956,n727,n96);
and (n957,n744,n148);
xor (n958,n959,n946);
xor (n959,n943,n944);
and (n960,n958,n961);
xor (n961,n949,n950);
and (n962,n955,n961);
xor (n963,n941,n948);
and (n964,n963,n965);
xor (n965,n966,n920);
xor (n966,n912,n917);
and (n967,n953,n965);
and (n968,n951,n969);
xor (n969,n970,n926);
xor (n970,n910,n923);
and (n971,n940,n969);
and (n972,n973,n974);
xor (n973,n936,n938);
or (n974,n975,n1000);
and (n975,n976,n978);
xor (n976,n977,n969);
xor (n977,n940,n951);
or (n978,n979,n996,n999);
and (n979,n980,n986);
and (n980,n981,n985);
nor (n981,n982,n984);
not (n982,n983);
xor (n983,n231,n545);
and (n984,n14,n983);
and (n985,n914,n18);
or (n986,n987,n993,n995);
and (n987,n988,n991);
and (n988,n989,n990);
and (n989,n826,n52);
xor (n990,n956,n957);
xor (n991,n992,n961);
xor (n992,n955,n958);
and (n993,n991,n994);
xor (n994,n981,n985);
and (n995,n988,n994);
and (n996,n986,n997);
xor (n997,n998,n965);
xor (n998,n953,n963);
and (n999,n980,n997);
and (n1000,n1001,n1002);
xor (n1001,n976,n978);
or (n1002,n1003,n1034);
and (n1003,n1004,n1006);
xor (n1004,n1005,n997);
xor (n1005,n980,n986);
or (n1006,n1007,n1030,n1033);
and (n1007,n1008,n1015);
or (n1008,n1009,n1012,n1014);
and (n1009,n1010,n1011);
and (n1010,n983,n18);
and (n1011,n914,n22);
and (n1012,n1011,n1013);
and (n1013,n822,n61);
and (n1014,n1010,n1013);
or (n1015,n1016,n1027,n1029);
and (n1016,n1017,n1025);
or (n1017,n1018,n1021,n1024);
and (n1018,n1019,n1020);
and (n1019,n822,n96);
and (n1020,n826,n148);
and (n1021,n1022,n1023);
and (n1022,n826,n96);
and (n1023,n727,n148);
and (n1024,n1018,n1023);
xor (n1025,n1026,n1013);
xor (n1026,n1010,n1011);
and (n1027,n1025,n1028);
xor (n1028,n989,n990);
and (n1029,n1017,n1028);
and (n1030,n1015,n1031);
xor (n1031,n1032,n994);
xor (n1032,n988,n991);
and (n1033,n1008,n1031);
and (n1034,n1035,n1036);
xor (n1035,n1004,n1006);
or (n1036,n1037,n1065);
and (n1037,n1038,n1040);
xor (n1038,n1039,n1031);
xor (n1039,n1008,n1015);
or (n1040,n1041,n1061,n1064);
and (n1041,n1042,n1045);
and (n1042,n1043,n1044);
and (n1043,n914,n61);
and (n1044,n822,n52);
or (n1045,n1046,n1057,n1060);
and (n1046,n1047,n1056);
or (n1047,n1048,n1053,n1055);
and (n1048,n1049,n1052);
and (n1049,n1050,n1051);
and (n1050,n914,n96);
and (n1051,n822,n148);
and (n1052,n914,n52);
and (n1053,n1052,n1054);
xor (n1054,n1019,n1020);
and (n1055,n1049,n1054);
xor (n1056,n1043,n1044);
and (n1057,n1056,n1058);
xor (n1058,n1059,n1023);
xor (n1059,n1018,n1022);
and (n1060,n1047,n1058);
and (n1061,n1045,n1062);
xor (n1062,n1063,n1028);
xor (n1063,n1017,n1025);
and (n1064,n1042,n1062);
and (n1065,n1066,n1067);
xor (n1066,n1038,n1040);
or (n1067,n1068,n1090);
and (n1068,n1069,n1071);
xor (n1069,n1070,n1062);
xor (n1070,n1042,n1045);
and (n1071,n1072,n1088);
or (n1072,n1073,n1084,n1087);
and (n1073,n1074,n1083);
or (n1074,n1075,n1080,n1082);
and (n1075,n1076,n1079);
and (n1076,n1077,n1078);
and (n1077,n983,n96);
and (n1078,n914,n148);
and (n1079,n983,n52);
and (n1080,n1079,n1081);
xor (n1081,n1050,n1051);
and (n1082,n1076,n1081);
and (n1083,n983,n61);
and (n1084,n1083,n1085);
xor (n1085,n1086,n1054);
xor (n1086,n1049,n1052);
and (n1087,n1074,n1085);
xor (n1088,n1089,n1058);
xor (n1089,n1047,n1056);
and (n1090,n1091,n1092);
xor (n1091,n1069,n1071);
and (n1092,n1093,n1094);
and (n1093,n983,n22);
xor (n1094,n1072,n1088);
endmodule